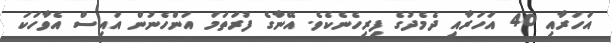
އަހަރާއި 40 އަހަރާއި ދެމެދުގެ ފިރިހެނެކެވެ. އޭނާގެ ފުރަތަމަ އަންހެނުން އައިސް އެވާހަކަ